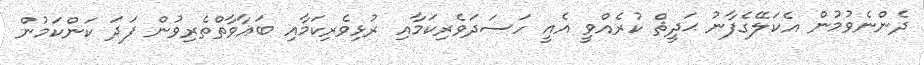
ދެންނެވުމުން އެކަލޭގެފާނު ޙަދީޘް ކުރެއްވީ އެއީ ހަސަދަވެރިކަމާއި ރުޅިވެރިކަމާއި ބަޣާވާތްތެރިވުން ފަދަ ކަންކަމުން